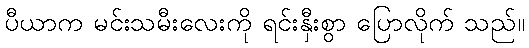
ပီယာက မင်းသမီးလေးကို ရင်းနှီးစွာ ပြောလိုက် သည်။